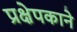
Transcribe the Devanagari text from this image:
प्रक्षेपकाने